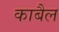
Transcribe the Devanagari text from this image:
काबैल